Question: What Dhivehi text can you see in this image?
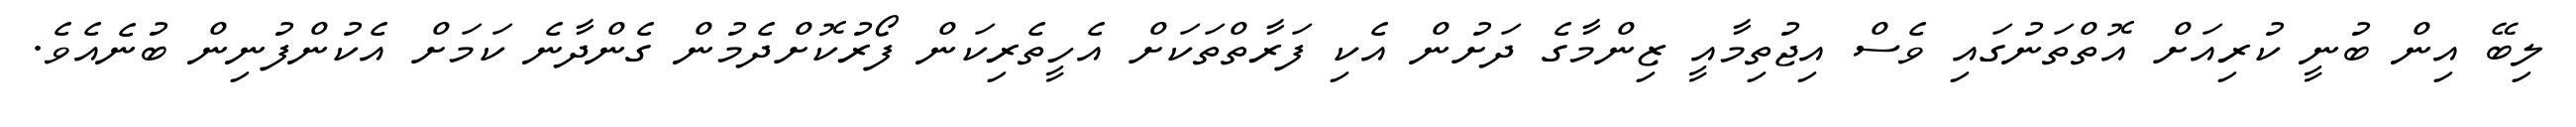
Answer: ލިބޭ އިން ބުނީ ކުރިއަށް އޮތްތަނުގައި ވެސް އިޖުތިމާއީ ޒިންމާގެ ދަށުން އެކި ފަރާތްތަކަށް އެހީތެރިކަން ފޯރުކޮށްދެމުން ގެންދާނެ ކަމަށް އެކުންފުނިން ބުނެއެވެ.